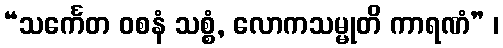
“သင်္ကေတ ဝစနံ သစ္စံ, လောကသမ္မုတိ ကာရဏံ” ၊